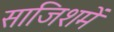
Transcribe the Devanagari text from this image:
साजिशमें